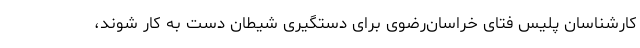
کارشناسان پلیس فتای خراسان‌رضوی برای دستگیری شیطان دست به کار شوند،